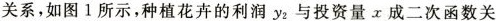
关系，如图1所示，种植花的利润y_{2}与投资量x成二次函数关